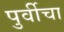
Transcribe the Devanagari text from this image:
पुर्वीचा